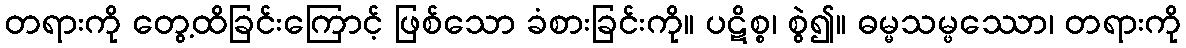
တရားကို တွေ့ထိခြင်းကြောင့် ဖြစ်သော ခံစားခြင်းကို။ ပဋိစ္စ၊ စွဲ၍။ ဓမ္မသမ္ဖဿော၊ တရားကို